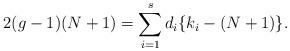
LaTeX: \begin{align*}2(g-1)(N+1) = \sum_{i=1}^{s} d_i \{ k_i - (N+1) \}. \end{align*}